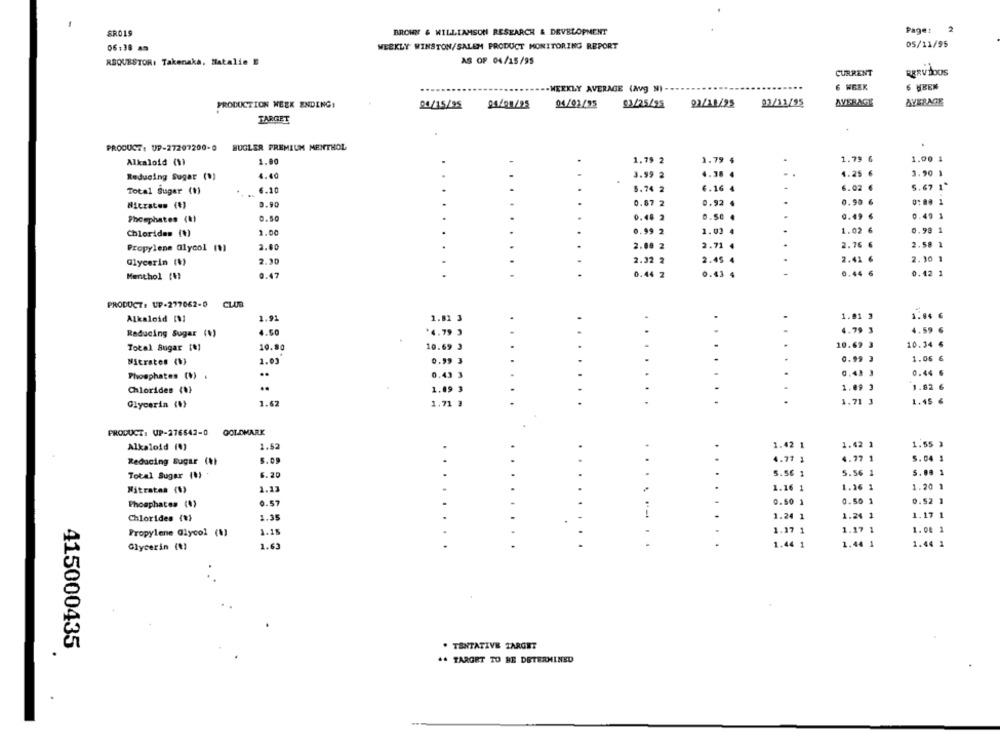
BROWN & WILLIAMSON RESEARCH & DEVELOPMENT
Page:
2
SRO19
06:38 89
WEEKLY WINSTON/SALEM PRODUCT MONITORING REPORT
05/11/95
REQUESTOR: Takenaka, Natalie E
AS OF 04/15/95
CURRENT
RERVDOUS
WEEKLY AVERAGE (Avg NI -
6 WEEK
6 HBEN
PRODUCTION WEEK ENDING:
04/15/95
94/90/25
04/01/95
93/25/95
02/12/95
03/12/95
AVERAGE
AVERAGE
TARGET
PRODUCT: UP-27207200-0 BUGLER PREMIUM MENTHOL
1.79 6
1.00 1
Alkaloid (1)
1.00
1.79 2
1.79 $
3.99
1.36 4
4.25 €
3.90 1
Reducing Sugar (1)
4.40
5.74
6.16 4
6.02 €
5.67 1"
Total Sugar (1)
6.10
0.90
0.87 2
0.92 4
0.90 €
0:00 1
Niczaten (€)
0.50
0.48 2
0.50
0.49
0.49 1
Phosphates (#)
Chlorides (+)
1.00
0.99
1.03
1.02 6
0.98 1
Propylene Glycol (1)
2.60
2.08 2
2.71
...
2.76 6
2.58 1
Glycerin (+)
2.30
2.32
2.41
2.30
0.44
Menthol [1]
0.47
0.44 2
2.43
0.42 1
PRODUCT: UP-277062-0 CLUB
1.01 3
1.04
Alkaloid [1]
1.91
1.81 3
4.50
4.79 3
4.79 3
1.59
Reducing Sugar (1)
10.80
10.69 3
10.69 3
10.34 €
Total Bugar (#)
Mitrates (h)
1.03
0.99 3
0.99 3
1.06 €
Phosphates (V) .
..
0.43 3
0,43
0.44 6
Chlorides (0)
1.49
1.09 3
1.82
Glycerin (+)
1.62
1.71 3
1.71 3
1.45
PRODUCT: UP-276542-0
GOLDMARK
1.55 3
Alkaloid (0)
1.52
1.42 1
1.42 1
1.77 1
5. 04 1
Reducing Sugar (1)
$.09
1.77 1
5.56
5.56 1
5.00 1
Total Sugar (1)
6.20
1.13
1.16 1
1.26 1
1.20 1
Nitrates (6)
0.57
0.50 1
0.50
1
0.52 1
Phosphates (0)
Chlorides (%}
1.35
1.24
1
1.24
1.17 1
Propylene Glycol (8)
1.15
1.17
1. 00 1
Glycerin (e)
1.63
1.44 1
1.44
1.44 1
. TENTATIVE ZAROKT
.
415000435
.. TARGET TO BE DETERMINED